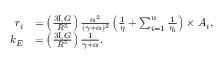
\begin{array} { r l } { r _ { i } } & { = \left( \frac { 3 \mathrm { I } _ { \circ } G } { R ^ { 5 } } \right) \frac { \alpha ^ { 2 } } { ( \gamma + \alpha ) ^ { 2 } } \left( \frac { 1 } { \eta } + \sum _ { i = 1 } ^ { n } \frac { 1 } { \eta _ { i } } \right) \times A _ { i } , } \\ { k _ { E } } & { = \left( \frac { 3 \mathrm { I } _ { \circ } G } { R ^ { 5 } } \right) \frac { 1 } { \gamma + \alpha } . } \end{array}